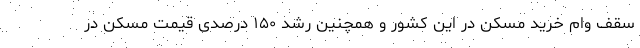
سقف وام خرید مسکن در این کشور و همچنین رشد ۱۵۰ درصدی قیمت مسکن در